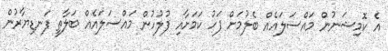
އެ ކޮމިޝަނުން މައްސަލައެއް ބެލުމަށް ފަހު ކަމަށާއި ފުލުހުން މައްސަލައެއް ބަލާތީ ފަނޑިޔާރުން